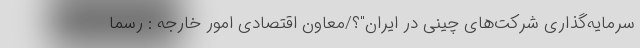
سرمایه‌گذاری شرکت‌های چینی در ایران"؟/معاون اقتصادی امور خارجه : رسماً